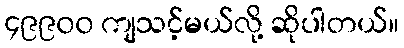
၄၉၉၀၀ ကျသင့်မယ်လို့ ဆိုပါတယ်။